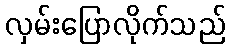
လှမ်းပြောလိုက်သည်